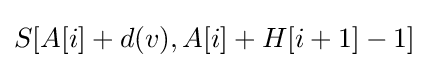
S[A[i]+d(v),A[i]+H[i+1]-1]